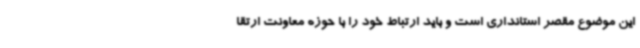
این موضوع مقصر استانداری است و باید ارتباط خود را با حوزه معاونت ارتقا